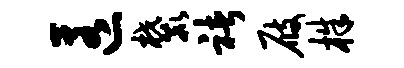
匿麓褚屐株